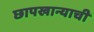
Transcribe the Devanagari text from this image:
छापखान्याची